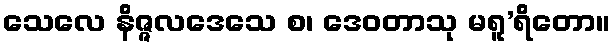
သေလေ နိဇ္ဇလဒေသေ စ၊ ဒေဝတာသု မရူ’ရိတော။